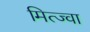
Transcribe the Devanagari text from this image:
मित्ज्वा